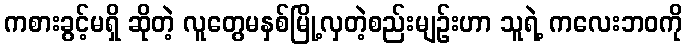
ကစားခွင့်မရှိ ဆိုတဲ့ လူတွေမနှစ်မြို့လှတဲ့စည်းမျဉ်းဟာ သူရဲ့ ကလေးဘဝကို